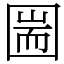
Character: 圌